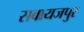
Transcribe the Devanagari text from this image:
सवायजपुर